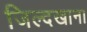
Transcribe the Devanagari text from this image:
जिल्दखाना